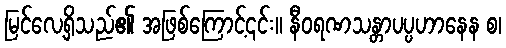
မြင်လေ့ရှိသည်၏ အဖြစ်ကြောင့်၎င်း။ နီဝရဏသန္တာပပ္ပဟာနေန စ၊